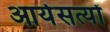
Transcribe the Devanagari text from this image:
आर्यसत्यों